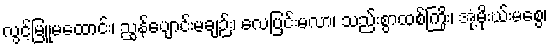
လွင့်မြူမထောင်း၊ ညွန်ပျောင်းမချဉ်း၊ လေပြင်းမလာ၊ သည်းစွာထစ်ကြိုး၊ အုံ့မိုးဃ်းမစွေ၊